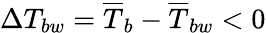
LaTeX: \Delta T_{bw}=\overline{{T}}_{b}-\overline{{T}}_{bw}<0